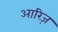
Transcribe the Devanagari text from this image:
आरिज़